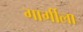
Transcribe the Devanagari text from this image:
गार्गीला